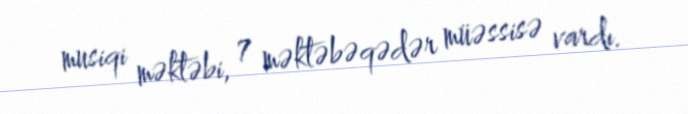
musiqi məktəbi, 7 məktəbəqədər müəssisə vardı.